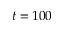
t = 1 0 0